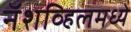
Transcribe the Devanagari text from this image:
नॅशव्हिलमध्ये